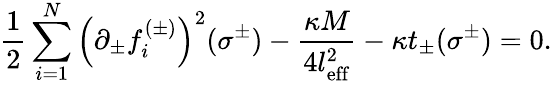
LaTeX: \frac 12\sum_{i=1}^{N}\left(\partial_{\pm}f_{i}^{(\pm)}\right)^{2}(\sigma^{\pm})-\frac{\kappa M}{4l_{\mathrm{eff}}^{2}}-\kappa t_{\pm}(\sigma^{\pm})=0.